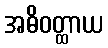
အဓိဝတ္ထာယ